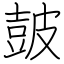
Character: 皷